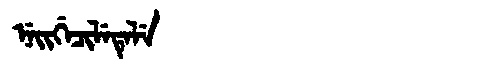
Manchu: ᠨᡝᡳᡤᡝᠴᡳᠯᡝᡨᡝᠯᡝ
Romanization: NEIGECILETELE